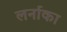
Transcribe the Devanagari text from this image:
लर्नाका